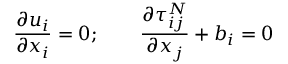
\frac { \partial u _ { i } } { \partial x _ { i } } = 0 ; \qquad \frac { \partial \tau _ { i j } ^ { N } } { \partial x _ { j } } + b _ { i } = 0